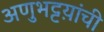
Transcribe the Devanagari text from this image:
अणुभट्टय़ांची